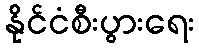
နိုင်ငံစီးပွားရေး